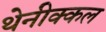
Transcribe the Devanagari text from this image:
थेनीक्कल